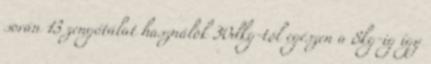
során 13 zengőtálat használok 30dkg-tól egészen a 8kg-ig így